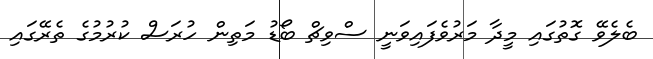
ބެލެވޭ ގޮތުގައި މީދާ މަރުވެފައިވަނީ ސްވިޗް ބޯޑު މަތިން ހުރަސް ކުރުމުގެ ތެރޭގައި